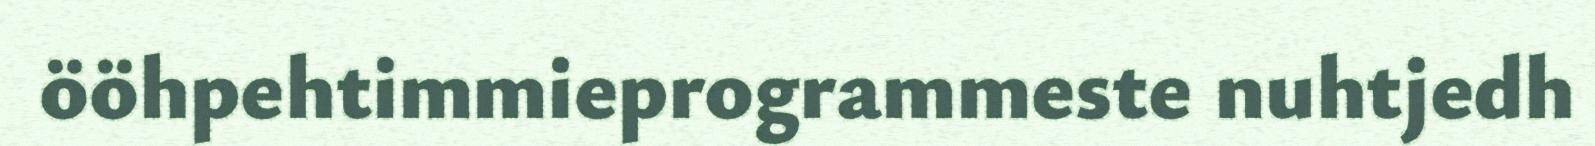
ööhpehtimmieprogrammeste nuhtjedh